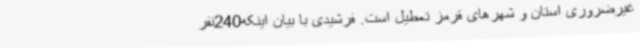
غیرضروری استان و شهرهای قرمز تعطیل است. فرشیدی با بیان اینکه240نفر